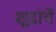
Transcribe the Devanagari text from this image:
शूद्रांचें